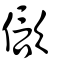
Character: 𣣢